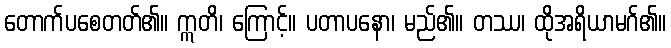
တောက်ပစေတတ်၏။ ဣတိ၊ ကြောင့်။ ပတာပနော၊ မည်၏။ တဿ၊ ထိုအရိယာမဂ်၏။